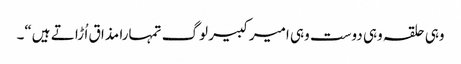
وہی حلقہ وہی دوست وہی امیر کبیر لوگ تمہارا مذا ق اُ ڑا تے ہیں“۔